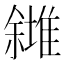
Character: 𠐸